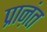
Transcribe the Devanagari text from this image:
प्राऩंत